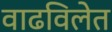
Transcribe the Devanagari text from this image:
वाढविलेत